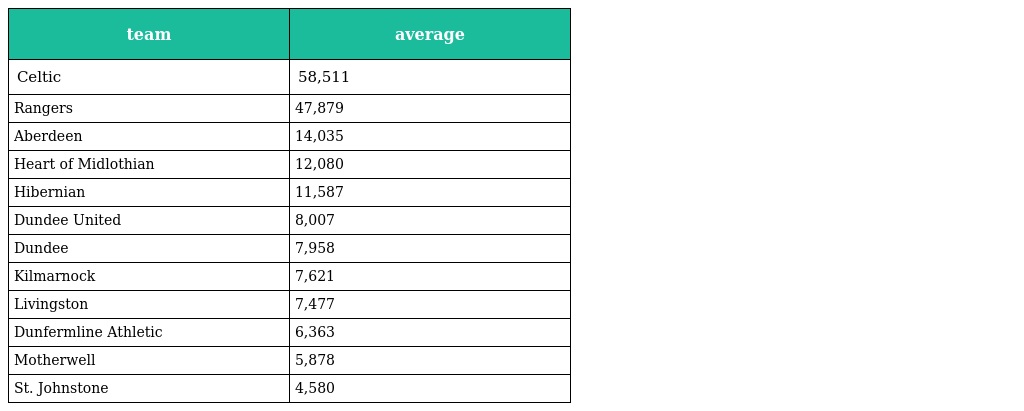
| team | average |
 | --- | --- |
 | Celtic | 58,511 |
 | Rangers | 47,879 |
 | Aberdeen | 14,035 |
 | Heart of Midlothian | 12,080 |
 | Hibernian | 11,587 |
 | Dundee United | 8,007 |
 | Dundee | 7,958 |
 | Kilmarnock | 7,621 |
 | Livingston | 7,477 |
 | Dunfermline Athletic | 6,363 |
 | Motherwell | 5,878 |
 | St. Johnstone | 4,580 |